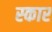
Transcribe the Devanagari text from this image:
स्‍कार